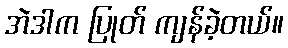
အဲဒါက ပြုတ် ကျန်ခဲ့တယ်။